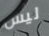
ليس